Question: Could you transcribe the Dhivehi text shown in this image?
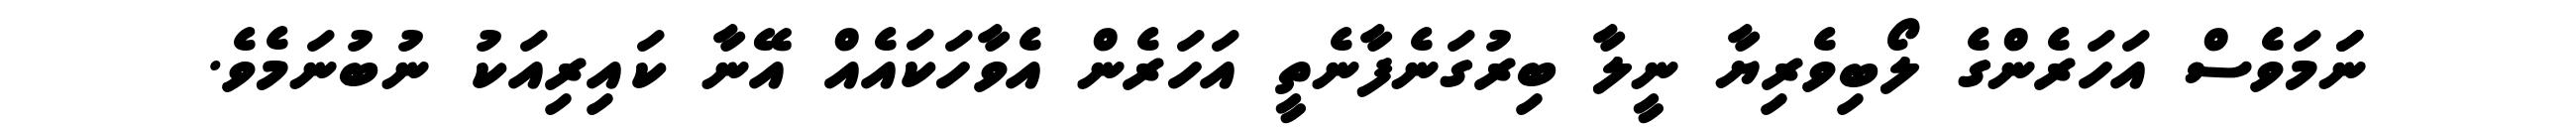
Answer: ނަަމަވެސް އަހަރެންގެ ލޯބިވެރިޔާ ނީލާ ބިރުގަނެފާނެތީ އަހަރެން އެވާހަކައެއް އޭނާ ކައިރިއަކު ނުބުނަމެވެ.